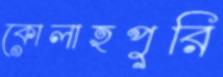
কোলাহপুরি